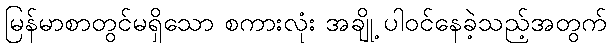
မြန်မာစာတွင်မရှိသော စကားလုံး အချို့ ပါဝင်နေခဲ့သည့်အတွက်